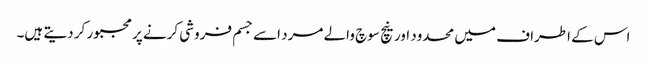
اس کے اطراف میں محدود اور نیچ سوچ والے مرد اسے جسم فروشی کرنے پر مجبور کر دیتے ہیں۔